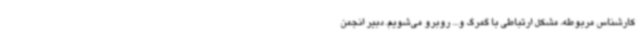
کارشناس مربوطه، مشکل ارتباطی با گمرگ و... روبرو می‌شویم. دبیر انجمن